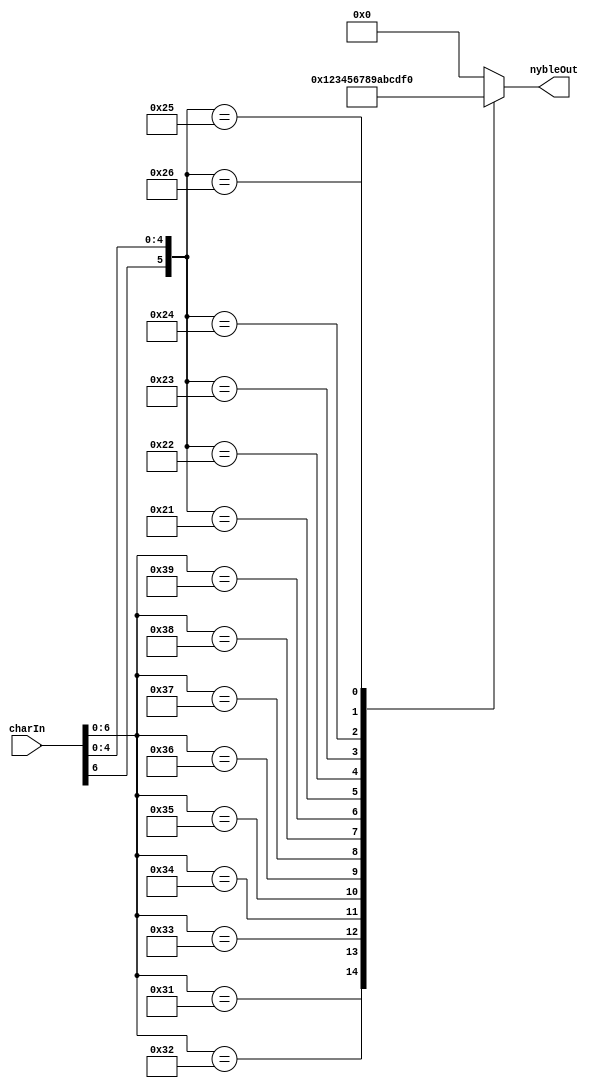
// cnvFHC.v
//
// Version:  1.21  November 30, 2019
// Copyright (C) 2019.  All rights reserved.
//
////////////////////////////////////////////////////////////////////////////////////////////////////////////////////////
//                                                                                                                    //
//                                                    Open-Source                                                     //
//                            SYMPL 64-Bit Universal Floating-point ISA Compute Engine and                            //
//                                   Fused Universal Neural Network (FuNN) eNNgine                                    //
//                                    Evaluation and Product Development License                                      //
//                                                                                                                    //
//                                                                                                                    //
// Open-source means:  this source code and this instruction set ("this IP") may be freely downloaded, copied,        //
// modified, distributed and used in accordance with the terms and conditons of the licenses provided herein.         //
//                                                                                                                    //
// Provided that you comply with all the terms and conditions set forth herein, Jerry D. Harthcock ("licensor"),      //
// the original author and exclusive copyright owner of this SYMPL 64-Bit Universal Floating-point ISA Compute Engine //
// and Fused Universal Neural Network (FuNN) eNNgine, including related development software ("this IP"), hereby      //
// grants recipient of this IP ("licensee"), a world-wide, paid-up, non-exclusive license to implement this IP        //
// within the programmable fabric of Xilinx Kintex Ultra and Kintex Ultra+ brand FPGAs--only--and used only for the   //
// purposes of evaluation, education, and development of end products and related development tools.  Furthermore,    //
// limited to the purposes of prototyping, evaluation, characterization and testing of implementations in a hard,     //
// custom or semi-custom ASIC, any university or institution of higher education may have their implementation of     //
// this IP produced for said limited purposes at any foundary of their choosing provided that such prototypes do      //
// not ever wind up in commercial circulation, with this license extending to such foundary and is in connection      //
// with said academic pursuit and under the supervision of said university or institution of higher education.        //
//                                                                                                                    //
// Any copying, distribution, customization, modification, or derivative work of this IP must include an exact copy   //
// of this license and original copyright notice at the very top of each source file and any derived netlist, and,    //
// in the case of binaries, a printed copy of this license and/or a text format copy in a separate file distributed   //
// with said netlists or binary files having the file name, "LICENSE.txt".  You, the licensee, also agree not to      //
// remove any copyright notices from any source file covered or distributed under this Evaluation and Product         //
// Development License.                                                                                               //
//                                                                                                                    //
// LICENSOR DOES NOT WARRANT OR GUARANTEE THAT YOUR USE OF THIS IP WILL NOT INFRINGE THE RIGHTS OF OTHERS OR          //
// THAT IT IS SUITABLE OR FIT FOR ANY PURPOSE AND THAT YOU, THE LICENSEE, AGREE TO HOLD LICENSOR HARMLESS FROM        //
// ANY CLAIM BROUGHT BY YOU OR ANY THIRD PARTY FOR YOUR SUCH USE.                                                     //
//                                                                                                                    //
// Licensor reserves all his rights, including, but in no way limited to, the right to change or modify the terms     //
// and conditions of this Evaluation and Product Development License anytime without notice of any kind to anyone.    //
// By using this IP for any purpose, licensee agrees to all the terms and conditions set forth in this Evaluation     //
// and Product Development License.                                                                                   //
//                                                                                                                    //
// This Evaluation and Product Development License does not include the right to sell products that incorporate       //
// this IP or any IP derived from this IP. If you would like to obtain such a license, please contact Licensor.       //
//                                                                                                                    //
// Licensor can be contacted at:  SYMPL.gpu@gmail.com or Jerry.Harthcock@gmail.com                                    //
//                                                                                                                    //
////////////////////////////////////////////////////////////////////////////////////////////////////////////////////////

 `timescale 1ns/100ps

module cnvFHC(
    charIn,
    nybleOut
    );
    
input [7:0]charIn;
output [3:0] nybleOut;

parameter _0_ = 7'h30;
parameter _1_ = 7'h31;
parameter _2_ = 7'h32;
parameter _3_ = 7'h33;
parameter _4_ = 7'h34;
parameter _5_ = 7'h35;
parameter _6_ = 7'h36;
parameter _7_ = 7'h37;
parameter _8_ = 7'h38;
parameter _9_ = 7'h39;
parameter _A_ = 7'b1x0_0001;
parameter _B_ = 7'b1x0_0010;
parameter _C_ = 7'b1x0_0011;
parameter _D_ = 7'b1x0_0100;
parameter _E_ = 7'b1x0_0101;
parameter _F_ = 7'b1x0_0110;

reg [3:0] nybleOut;
wire [6:0] charIn7;
assign charIn7[6:0] = charIn[6:0]; 

always @(*)
    casex(charIn7)
        _0_ : nybleOut = 4'h0;    
        _1_ : nybleOut = 4'h1;    
        _2_ : nybleOut = 4'h2;    
        _3_ : nybleOut = 4'h3;    
        _4_ : nybleOut = 4'h4;    
        _5_ : nybleOut = 4'h5;    
        _6_ : nybleOut = 4'h6;    
        _7_ : nybleOut = 4'h7;    
        _8_ : nybleOut = 4'h8;    
        _9_ : nybleOut = 4'h9;    
        _A_ : nybleOut = 4'hA;    
        _B_ : nybleOut = 4'hB;    
        _C_ : nybleOut = 4'hC;    
        _D_ : nybleOut = 4'hD;    
        _E_ : nybleOut = 4'hE;
        _F_ : nybleOut = 4'hF;
    default : nybleOut = 4'h0;    
    endcase    

endmodule